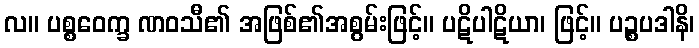
လ။ ပစ္စဝေက္ခ ဏဝသီ၏ အဖြစ်၏အစွမ်းဖြင့်။ ပဋိပါဋိယာ၊ ဖြင့်။ ပဉ္စပဒါနိ၊